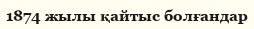
1874 жылы қайтыс болғандар